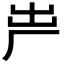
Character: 𠩃